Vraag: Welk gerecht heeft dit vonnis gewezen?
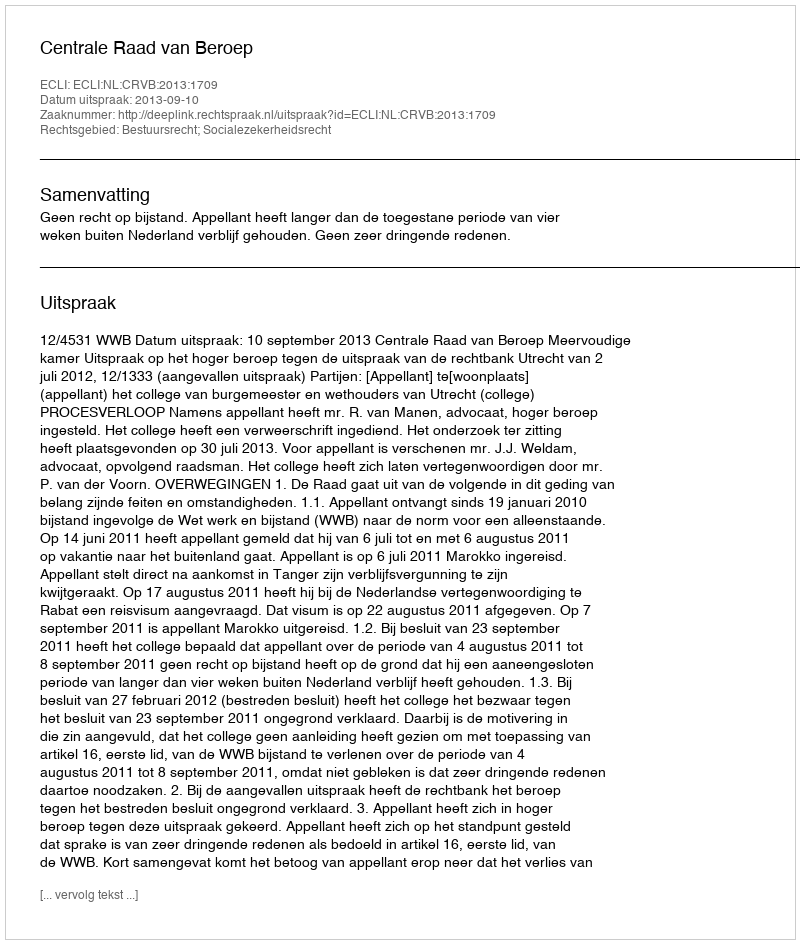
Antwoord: Centrale Raad van Beroep